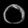
Digit: ၀